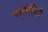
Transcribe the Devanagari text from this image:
पार्कसिटी